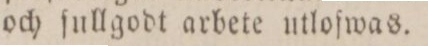
och ſullgodt arbete utloſwas.